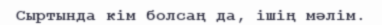
Сыртында кім болсаң да, ішің мәлім.